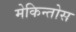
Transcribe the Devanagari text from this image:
मेकिन्तोस